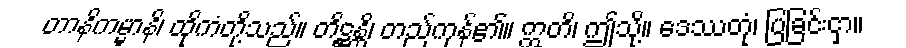
တာနိကမ္မာနိ၊ ထိုကံတို့သည်။ တိဋ္ဌန္တိ၊ တည်ကုန်၏။ ဣတိ၊ ဤသို့။ ဒေဿတုံ၊ ပြခြင်းငှာ။